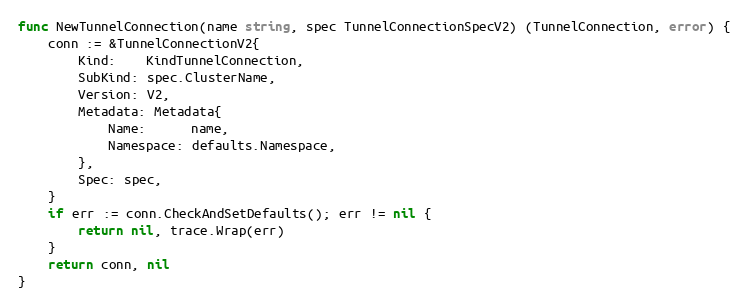
Language: Go
func NewTunnelConnection(name string, spec TunnelConnectionSpecV2) (TunnelConnection, error) {
	conn := &TunnelConnectionV2{
		Kind:    KindTunnelConnection,
		SubKind: spec.ClusterName,
		Version: V2,
		Metadata: Metadata{
			Name:      name,
			Namespace: defaults.Namespace,
		},
		Spec: spec,
	}
	if err := conn.CheckAndSetDefaults(); err != nil {
		return nil, trace.Wrap(err)
	}
	return conn, nil
}